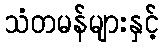
သံတမန်များနှင့်